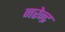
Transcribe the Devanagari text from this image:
नरेेन्द्र